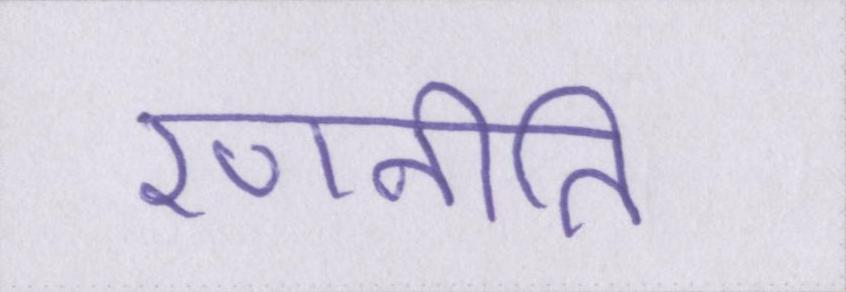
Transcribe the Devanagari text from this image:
रणनीति